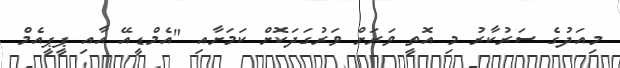
މިއަދުގެ ސަރުކާރު މި އޮތީ ވަރަށް ވަރުގަދަކޮށް ކަމަށާއި "އެމްޑީއޭ އާއި ޕީޕީއެމް